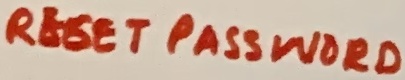
Text: RESET PASSWORD